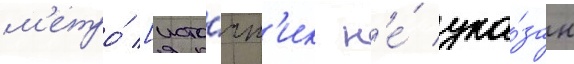
м'етро́ [исто́чн'ик н'е́ ука́зан